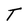
Character: T